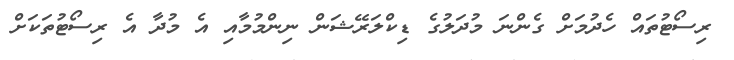
ރިސޯޓުތައް ހެދުމަށް ގެންނަ މުދަލުގެ ޑިކްލަރޭޝަން ނިންމުމާއި އެ މުދާ އެ ރިސޯޓުތަކަށް